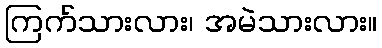
ကြက်သားလား၊ အမဲသားလား။